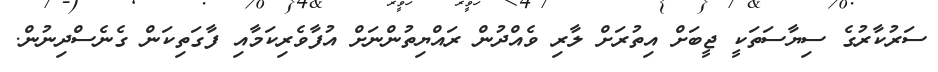
ސަރުކާރުގެ ސިޔާސަތަކީ ޖީބަށް އިތުރަށް ލާރި ވެއްދުން ރައްޔިތުންނަށް އުފާވެރިކަމާއި ފާގަތިކަން ގެނެސްދިނުން.